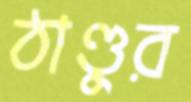
ঠাণ্ডুর